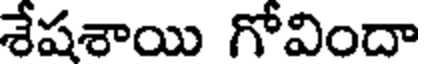
శేషశాయి గోవిందా